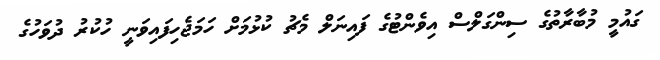
ގައުމީ މުބާރާތުގެ ސިންގަލްސް އިވެންޓުގެ ފައިނަލް މެޗު ކުޅުމަށް ހަމަޖެހިފައިވަނީ ހުކުރު ދުވަހުގެ